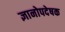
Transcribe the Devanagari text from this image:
ज्ञानोपदेषक